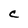
Character: C